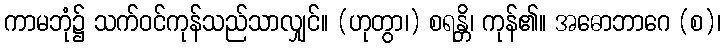
ကာမဘုံ၌ သက်ဝင်ကုန်သည်သာလျှင်။ (ဟုတွာ၊) စရန္တိ၊ ကုန်၏။ အဓောဘာဂေ (စ)၊